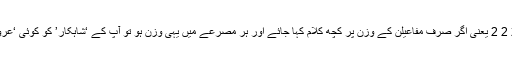
دیکھیئے، مَفَاعیلُن یعنی مَ فا عی لُن یعنی 1 2 2 2 یعنی اگر صرف مفاعیلن کے وزن پر کچھ کلام کہا جائے اور ہر مصرعے میں یہی وزن ہو تو آپ کے ‘شاہکار’ کو کوئی ‘عروضیا’ یہ نہیں کہہ سکتا ہے کہ بے وزن ہے۔